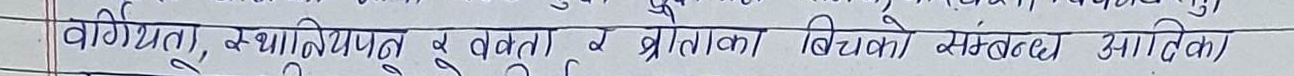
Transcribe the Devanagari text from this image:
वार्षिकता, स्थानीयपन र वक्ताको बीचको संवद्ध आदि।